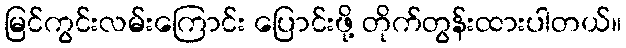
မြင်ကွင်းလမ်းကြောင်း ပြောင်းဖို့ တိုက်တွန်းထားပါတယ်။